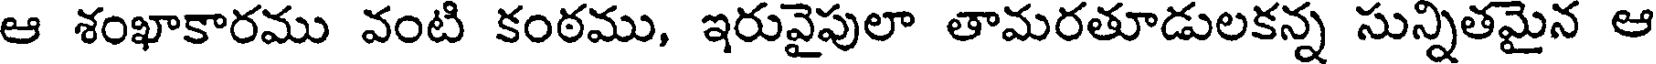
ఆ శంఖాకారము వంటి కంఠము, ఇరువైపులా తామరతూడులకన్న సున్నితమైన ఆ